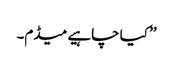
’’ کیا چاہیے میڈم۔